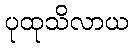
ပုထုသိလာယ